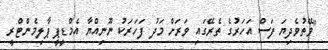
"ވޭތުވެދިޔަ ފަސް އަހަރުގެ ތެރޭގައި ވަރަށް މަދު ފަހަރަކު ނޫނިއްޔާ އެމްޑީޕީ ޕާލިމެންޓްރީ